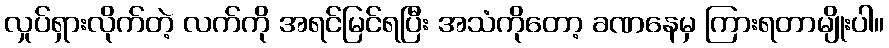
လှုပ်ရှားလိုက်တဲ့ လက်ကို အရင်မြင်ရပြီး အသံကိုတော့ ခဏနေမှ ကြားရတာမျိုးပါ။